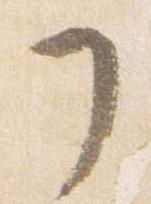
了